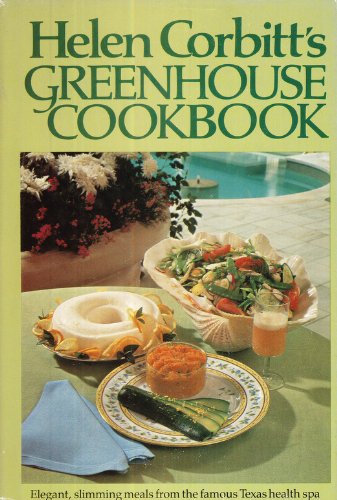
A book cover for Helen Corbitt's Greenhouse Cookbook:  Elegant, Slimming Meals from the Famous Texas Health Spa; Helen Corbitt; Crafts, Hobbies & Home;